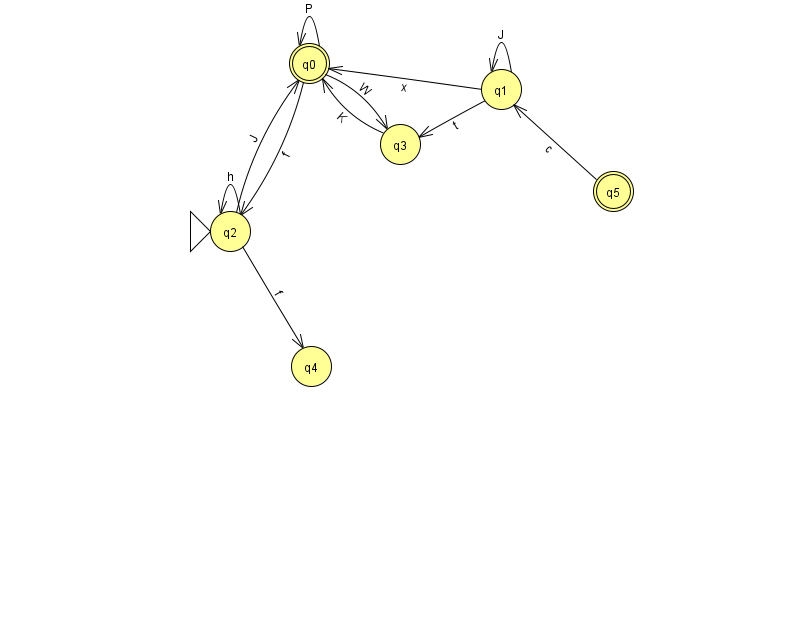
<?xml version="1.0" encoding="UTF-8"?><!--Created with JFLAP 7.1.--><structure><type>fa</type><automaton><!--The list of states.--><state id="0" name="q0"><x>309.0</x><y>50.0</y><final/></state><state id="1" name="q1"><x>501.0</x><y>76.0</y></state><state id="2" name="q2"><x>230.0</x><y>218.0</y><initial/></state><state id="3" name="q3"><x>400.0</x><y>131.0</y></state><state id="4" name="q4"><x>311.0</x><y>353.0</y></state><state id="5" name="q5"><x>613.0</x><y>178.0</y><final/></state><!--The list of transitions.--><transition><from>0</from><to>0</to><read>P</read></transition><transition><from>2</from><to>0</to><read>J</read></transition><transition><from>1</from><to>3</to><read>t</read></transition><transition><from>1</from><to>0</to><read>x</read></transition><transition><from>3</from><to>0</to><read>K</read></transition><transition><from>2</from><to>2</to><read>h</read></transition><transition><from>0</from><to>3</to><read>W</read></transition><transition><from>1</from><to>1</to><read>J</read></transition><transition><from>2</from><to>4</to><read>f</read></transition><transition><from>5</from><to>1</to><read>c</read></transition><transition><from>0</from><to>2</to><read>f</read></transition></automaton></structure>